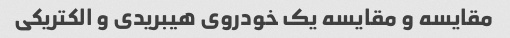
مقایسه و مقایسه یک خودروی هیبریدی و الکتریکی